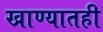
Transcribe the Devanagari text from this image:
खाण्यातही